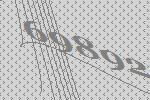
69892